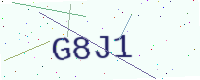
Text: G8J1